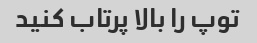
توپ را بالا پرتاب کنید